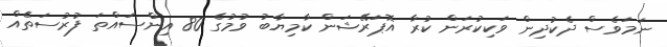
ނަމަވެސް ދެކުދިން ވަކިކުރަން ކުރާ އޮޕަރޭޝަން ކާމިޔާބު ވުމުގެ 80 އިންސައްތަ ފުރުސަތެއް